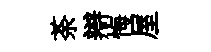
荼辯悔屋